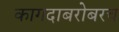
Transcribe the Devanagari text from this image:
कागदाबरोबरच